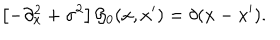
LaTeX: \left[ - \partial _ { x } ^ { 2 } + \sigma ^ { 2 } \right] { \cal G } _ { 0 } ( x , x ^ { \prime } ) = \delta ( x - x ^ { \prime } ) .